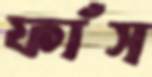
ফাঁস